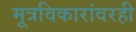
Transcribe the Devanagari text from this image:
मूत्रविकारांवरही